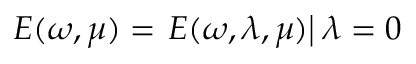
E ( \omega , \mu ) = \left. E ( \omega , \lambda , \mu ) \right| _ { Ḋ } \lambda = 0 Ḍ